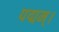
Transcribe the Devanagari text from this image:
पद्मम्।